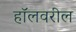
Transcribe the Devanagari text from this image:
हॉलवरील